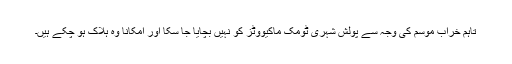
تاہم خراب موسم کی وجہ سے پولش شہری ٹومک ماکيووٹز کو نہيں بچايا جا سکا اور امکاناً وہ ہلاک ہو چکے ہیں۔